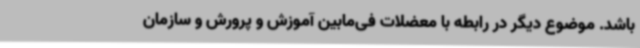
باشد. موضوع دیگر در رابطه با معضلات فی‌مابین آموزش و پرورش و سازمان